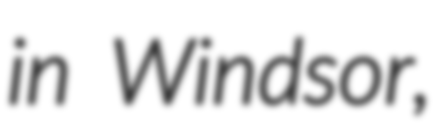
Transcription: in Windsor,